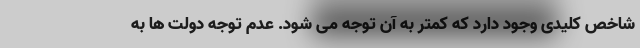
شاخص کلیدی وجود دارد که کمتر به آن توجه می شود. عدم توجه دولت ها به